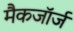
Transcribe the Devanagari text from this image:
मैकजॉर्ज